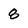
Character: 8